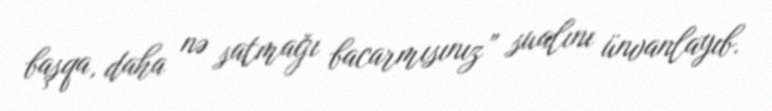
başqa, daha nə satmağı bacarmısınız” sualını ünvanlayıb.